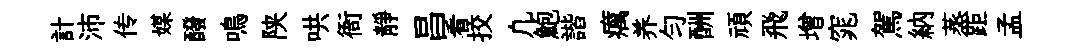
計沛传媒醱鳴陕哄衙靜昌看挍凢鮑諧癘养勻酬頑飛增窕駕納蒸距孟